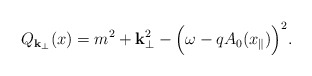
\begin{align*}Q_{{\bf k}_{\perp}}(x) = m^2 + {\bf k}_{\perp}^2 - \Bigl( \omega -q A_0 ( x_{\parallel}) \Bigr)^2.\end{align*}